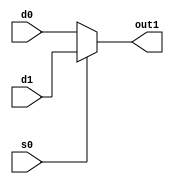
`timescale 1ns / 1ps
//////////////////////////////////////////////////////////////////////////////////
// Company: 
// Engineer: 
// 
// Design Name: 
// Module Name: mux_2to1
// Project Name: 
// Target Devices: 
// Tool Versions: 
// Description: 
// 
// Dependencies: 
// 
// Revision:
// Revision 0.01 - File Created
// Additional Comments:
// 
//////////////////////////////////////////////////////////////////////////////////


module mux_2to1
    ( s0,
      d0, 
      d1, 
      out1
    );
    
    input  s0;
    input  d0;
    input  d1;
    output out1;
    
   // assign out1 = d0&~s0 | d1&s0;
    assign out1 = s0 ? d1 : d0;   //if s0 is 1, then d1 (1) else d0. 

//reg out1;                        //Stores the memory of the value everytime it's run.
                                   //Needs to be remembered. 
                                   //check only at this part. Otherwise it will continously check.   
//always @(s0 or d1 or d0) begin   //at any of these changes begin.
//     if(s0) 
//        assign out1 = d1;
//     else 
//        assign out1 = d0;
//     end        
/*
always @(*) begin   // * means at any change of input.
    case (s0)
     0: out1 = d0;
     1: out1 = d1;

    endcase
end
*/  
endmodule